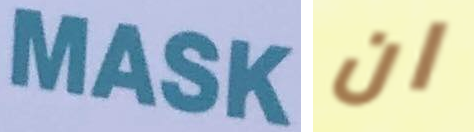
MASK ان